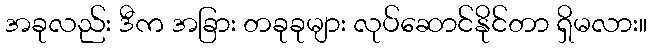
အခုလည်း ဒီက အခြား တခုခုများ လုပ်ဆောင်နိုင်တာ ရှိမလား။